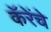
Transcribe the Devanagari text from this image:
कॅरेंचे